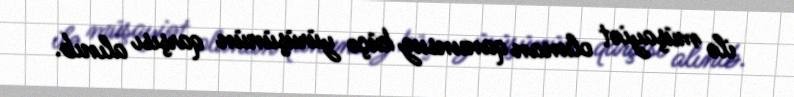
ilə müşayiət olunan qanunsuz küçə yürüşünün qarşısı alınıb.